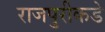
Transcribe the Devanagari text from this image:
राजपुरीकडे